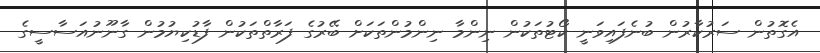
އެގޮތުން ސަރުކާރުން ބުނެފައިވަނީ ކޯޓުތަކުން ނިންމާ ނިންމުންތަކަށް ބޭރުގެ ފަރާތްތަކުން ފާޑުކިޔުމުން ގާނޫނުއަސާސީގެ